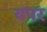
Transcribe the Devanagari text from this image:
यपर